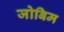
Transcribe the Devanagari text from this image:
जोबिम